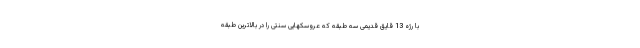
با رژه 13 قایق قدیمی سه طبقه که عروسکهایی سنتی را در بالاترین طبقه